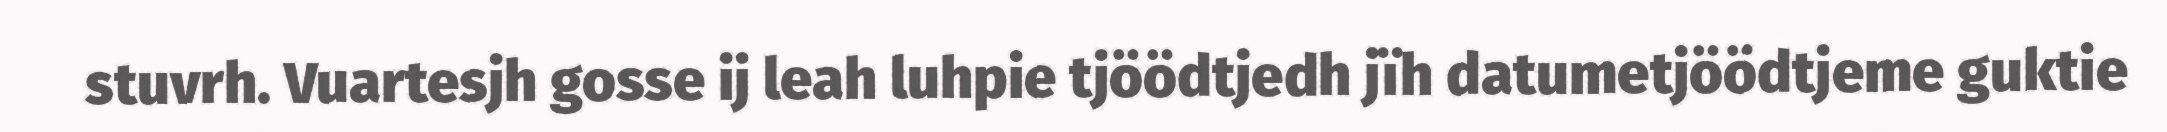
stuvrh. Vuartesjh gosse ij leah luhpie tjöödtjedh jïh datumetjöödtjeme guktie